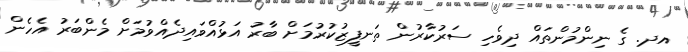
އދ. ގެ ނިންމުންތައް ދިވެހި ސަރުކާރުން ތަނފީޒުކުރުމަށް ބާރު އަޅުއްވައިދެއްވުމަށް މެންބަރު އެހެން